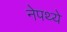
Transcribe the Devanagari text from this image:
नेपथ्ये